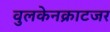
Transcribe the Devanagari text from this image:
वुलकेनक्राटजर